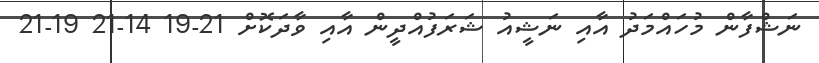
ނަޝްފާން މުހައްމަދު އާއި ނަޝީއު ޝަރަފުއްދީން އާއި ވާދަކޮށް 21-19 14-21 19-21